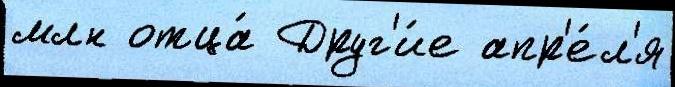
млн отца́ Друг'и́е апр'е́л'я